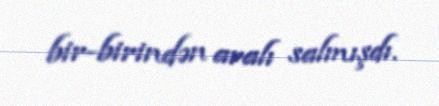
bir-birindən aralı salmışdı.